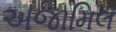
અજામિલ